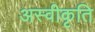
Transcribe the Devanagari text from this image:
अस्‍वीकृति